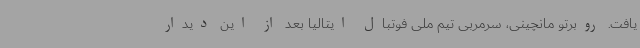
یافت. روبرتو مانچینی، سرمربی تیم ملی فوتبال ایتالیا بعد از این دیدار